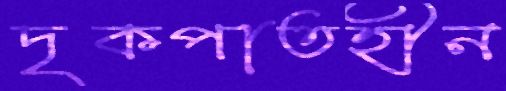
দৃকপাতহীন